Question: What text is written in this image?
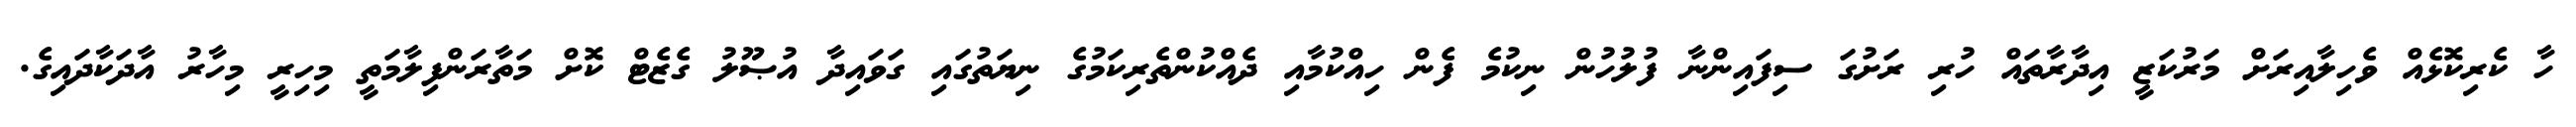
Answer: ހާ ކެރިކޮޅެއް ވެހިލާއިރަށް މަރުކަޒީ އިދާރާތައް ހުރި ރަށުގަ ސިފައިންނާ ފުލުހުން ނިކުމެ ފެން ހިއްކުމާއި ދެއްކުންތެރިކަމުގެ ނިޔަތުގައި ގަވައިދާ އުޞޫލު ގެޒެޓް ކޮށް މަތާރަންފިލާމަތީ މިހިރީ މިހާރު އާދަކާދައިގެ.